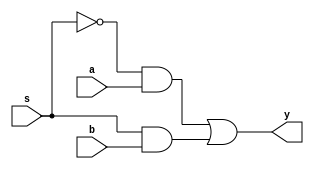
module mux(a,b,s,y);
	input	a,b,s;
	output y;
	wire a,b,s,y;
	assign y=(~s&&a)||(s&&b);
endmodule